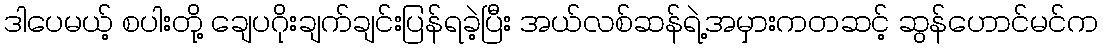
ဒါပေမယ့် စပါးတို့ ချေပဂိုးချက်ချင်းပြန်ရခဲ့ပြီး အယ်လစ်ဆန်ရဲ့အမှားကတဆင့် ဆွန်ဟောင်မင်က